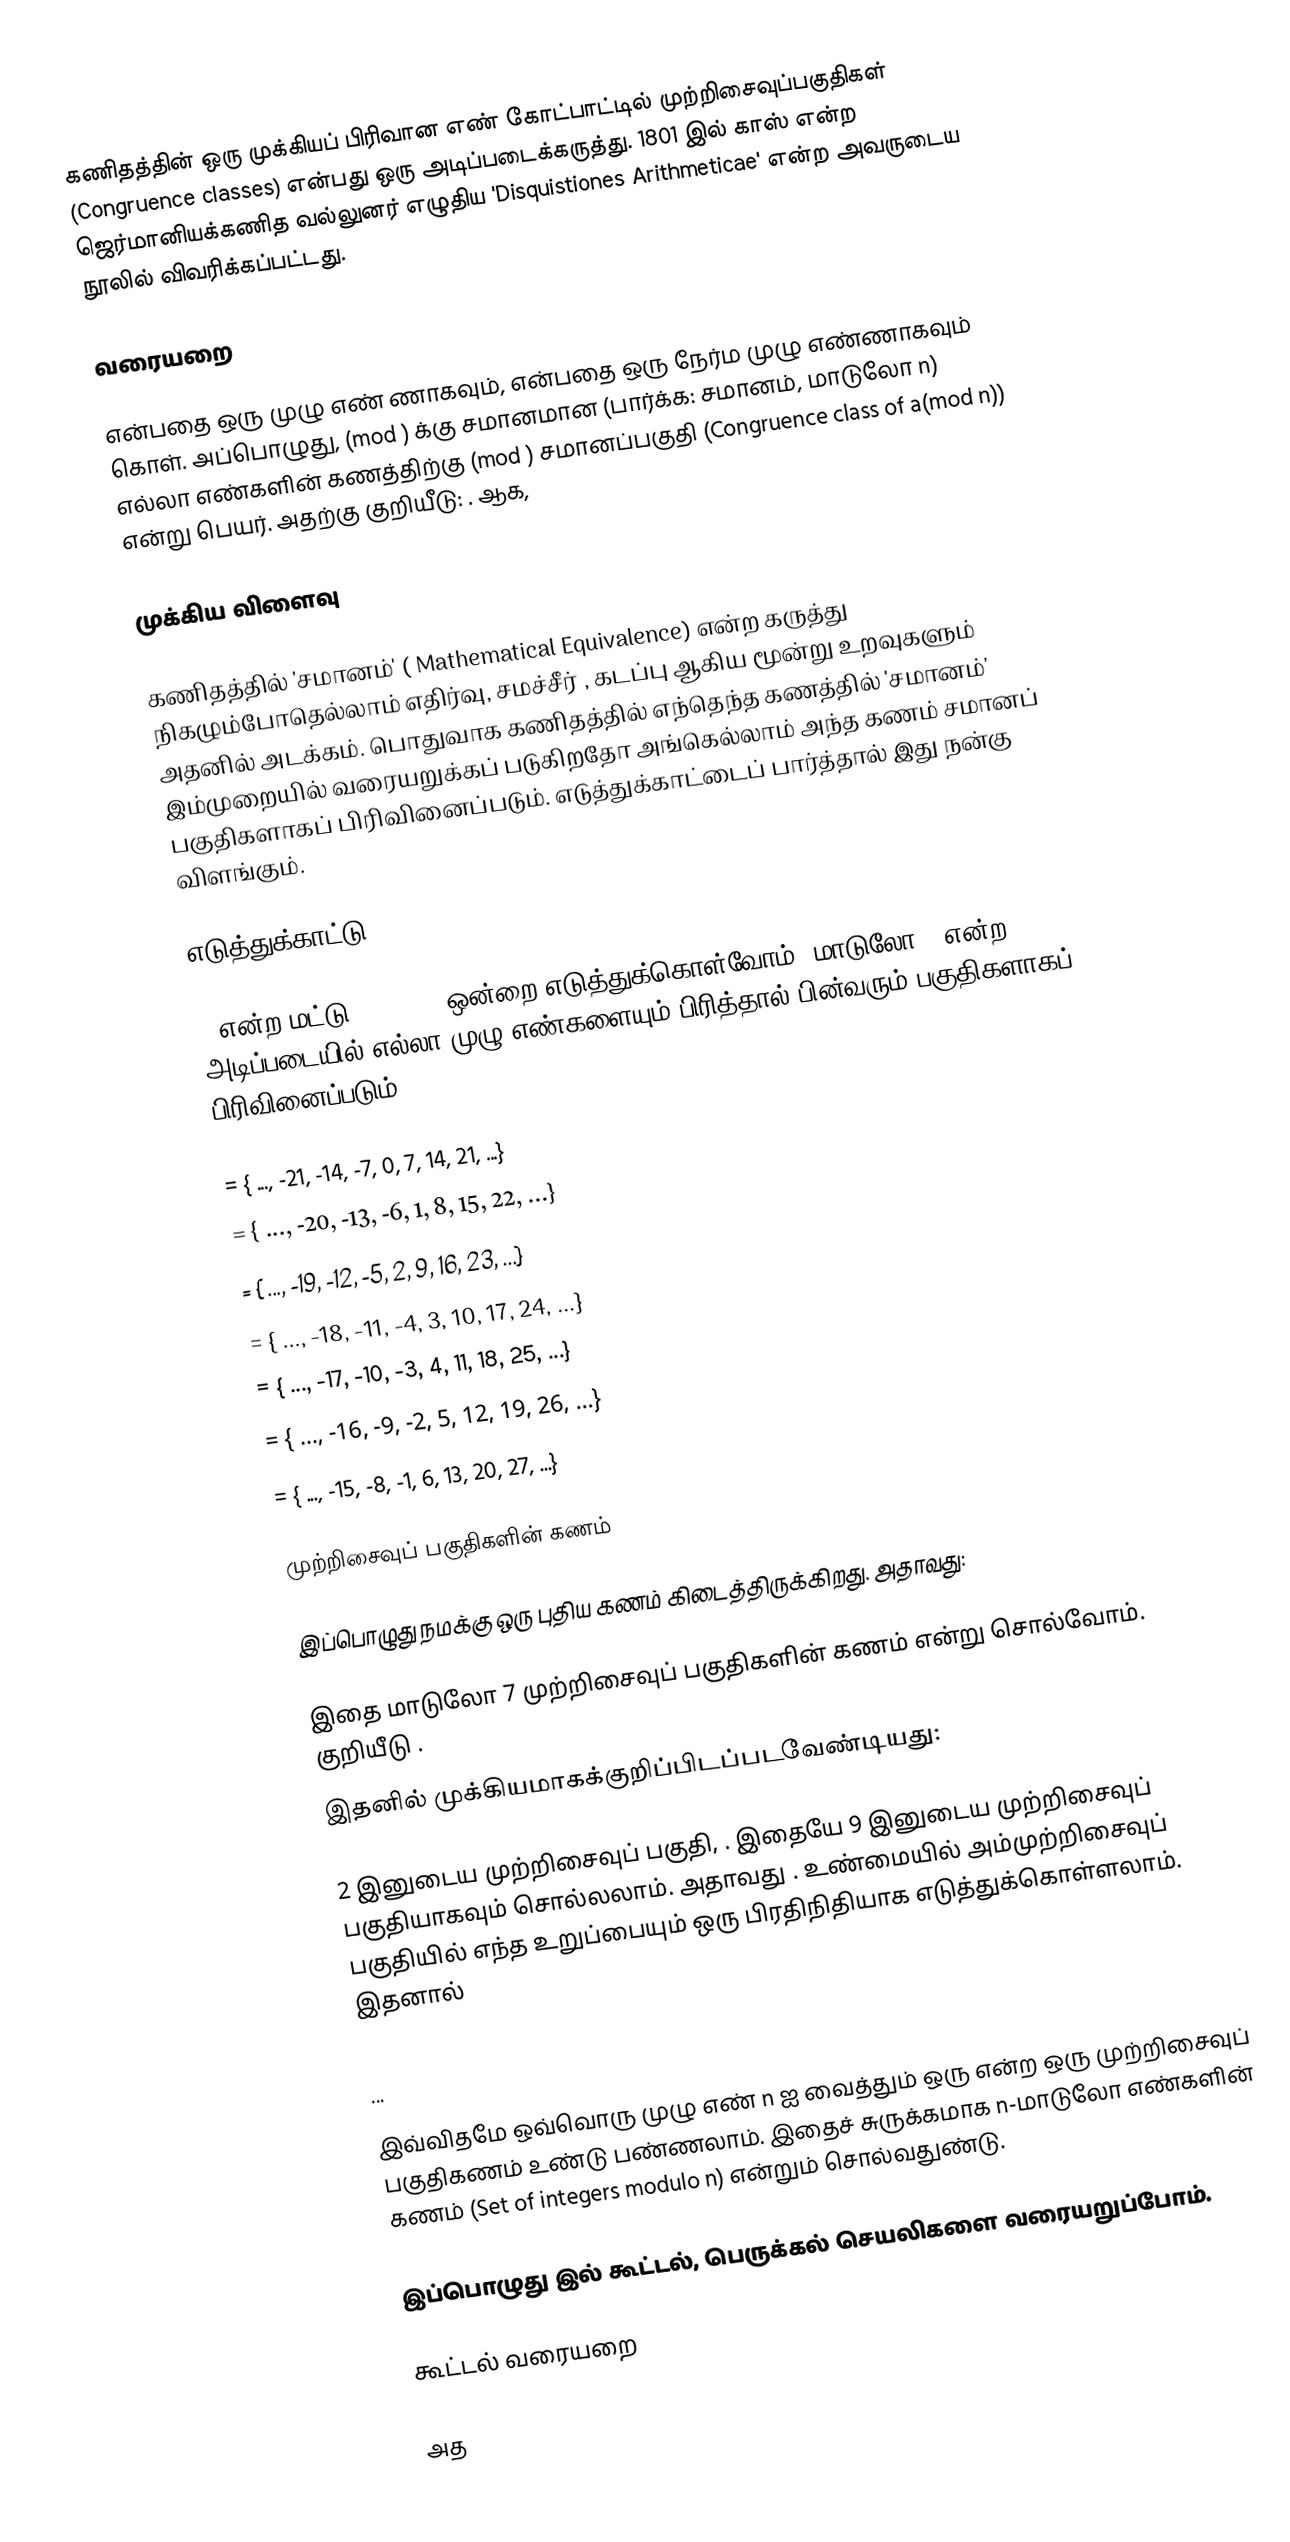
கணிதத்தின் ஒரு முக்கியப் பிரிவான எண் கோட்பாட்டில்  முற்றிசைவுப்பகுதிகள் (Congruence classes) என்பது ஒரு அடிப்படைக்கருத்து. 1801 இல் காஸ் என்ற ஜெர்மானியக்கணித வல்லுனர் எழுதிய 'Disquistiones Arithmeticae' என்ற அவருடைய நூலில் விவரிக்கப்பட்டது.

வரையறை

 என்பதை ஒரு முழு எண் ணாகவும்,  என்பதை ஒரு நேர்ம முழு எண்ணாகவும் கொள். அப்பொழுது,  (mod ) க்கு சமானமான (பார்க்க: சமானம், மாடுலோ n) எல்லா எண்களின் கணத்திற்கு  (mod ) சமானப்பகுதி (Congruence class of a(mod n)) என்று பெயர். அதற்கு குறியீடு: . ஆக,

முக்கிய விளைவு

கணிதத்தில் 'சமானம்' ( Mathematical Equivalence) என்ற கருத்து நிகழும்போதெல்லாம் எதிர்வு, சமச்சீர் , கடப்பு ஆகிய மூன்று உறவுகளும் அதனில் அடக்கம். பொதுவாக கணிதத்தில் எந்தெந்த கணத்தில்  'சமானம்' இம்முறையில் வரையறுக்கப் படுகிறதோ அங்கெல்லாம் அந்த கணம் சமானப் பகுதிகளாகப் பிரிவினைப்படும். எடுத்துக்காட்டைப் பார்த்தால் இது நன்கு விளங்கும்.

எடுத்துக்காட்டு

7 என்ற மட்டு (modulus)ஒன்றை எடுத்துக்கொள்வோம். மாடுலோ 7 என்ற அடிப்படையில் எல்லா முழு எண்களையும் பிரித்தால்  பின்வரும் பகுதிகளாகப் பிரிவினைப்படும்:

   = { ..., -21, -14, -7, 0, 7, 14, 21, ...}
   = { ..., -20, -13, -6, 1, 8, 15, 22, ...}
   = { ..., -19, -12, -5, 2, 9, 16, 23, ...}
   = { ..., -18, -11, -4, 3, 10, 17, 24, ...}
   = { ..., -17, -10, -3, 4, 11, 18, 25, ...}
   = { ..., -16, -9, -2, 5, 12, 19, 26, ...}
   = { ..., -15, -8, -1, 6, 13, 20, 27, ...}

முற்றிசைவுப் பகுதிகளின் கணம்

இப்பொழுது நமக்கு ஒரு புதிய கணம் கிடைத்திருக்கிறது. அதாவது:

இதை மாடுலோ 7 முற்றிசைவுப் பகுதிகளின் கணம் என்று சொல்வோம். குறியீடு .
இதனில் முக்கியமாகக்குறிப்பிடப்படவேண்டியது:

2 இனுடைய முற்றிசைவுப் பகுதி, . இதையே 9 இனுடைய முற்றிசைவுப் பகுதியாகவும் சொல்லலாம். அதாவது . உண்மையில் அம்முற்றிசைவுப் பகுதியில் எந்த உறுப்பையும் ஒரு பிரதிநிதியாக எடுத்துக்கொள்ளலாம். இதனால்
...  = .....
...

இவ்விதமே ஒவ்வொரு முழு எண் n ஐ வைத்தும் ஒரு  என்ற ஒரு முற்றிசைவுப் பகுதிகணம் உண்டு பண்ணலாம். இதைச் சுருக்கமாக n-மாடுலோ எண்களின் கணம் (Set of integers modulo n) என்றும் சொல்வதுண்டு.

இப்பொழுது  இல் கூட்டல், பெருக்கல் செயலிகளை வரையறுப்போம்.

கூட்டல் வரையறை

அத